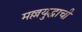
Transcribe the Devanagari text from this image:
मल्लयुद्धाची